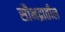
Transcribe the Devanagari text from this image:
सौभद्रातील